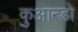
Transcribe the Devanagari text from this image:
कुआन्डो